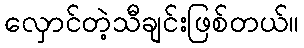
လှောင်တဲ့သီချင်းဖြစ်တယ်။